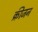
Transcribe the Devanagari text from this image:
क्रीजन